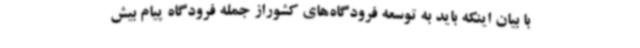
با بیان اینکه باید به توسعه فرودگاه‌های کشوراز جمله فرودگاه پیام بیش